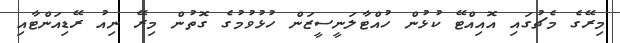
މިރޭގެ މެޗުގައި އޮއިއްޓޭ ކުޅުން ހުއްޓާލަނީސީޒަން ހުޅުވުމުގެ ގޮތުން މިރޭ ނިއު ރޭޑިއަންޓާއި